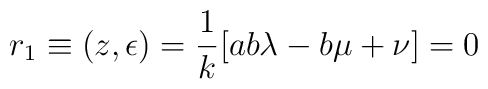
r_{1} \equiv (z, \epsilon) = \frac{1}{k} [ab\lambda - b\mu + \nu] = 0